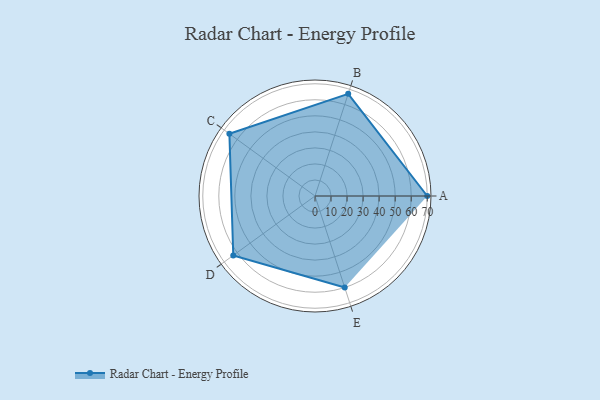
{"axis": {"x": "Skill", "y": "Score"}, "legend": ["Profile"], "data": [{"x": "A", "y": 70.0, "type": "Profile"}, {"x": "B", "y": 67.0, "type": "Profile"}, {"x": "C", "y": 66.0, "type": "Profile"}, {"x": "D", "y": 63.0, "type": "Profile"}, {"x": "E", "y": 60.0, "type": "Profile"}]}